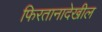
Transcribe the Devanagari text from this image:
फिरतानादेखील